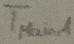
Text: TMAIN,1